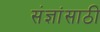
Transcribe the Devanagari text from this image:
संज्ञांसाठी